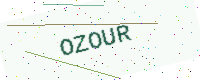
Text: OZOUR